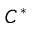
C ^ { * }